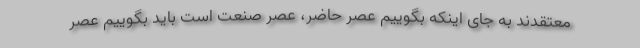
معتقدند به جای اینکه بگوییم عصر حاضر، عصر صنعت است باید بگوییم عصر